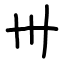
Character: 卅